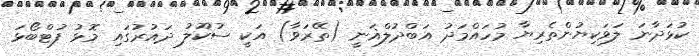
ކުޅަދާނަ ލަވަކިޔުންތެރިޔާ މުހައްމަދު އަބްދުލްޣަނީ (ތޭރަވާ) އަކީ ސުކޫލު ދައުރުގައި މޮޅު ފުޓްބޯޅަ